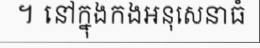
។ នៅក្នុងកងអនុសេនាធំ